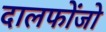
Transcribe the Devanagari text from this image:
दालफोंजो